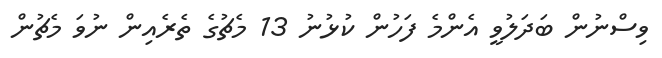
ވިސްނުން ބަދަލުވީ އެންމެ ފަހުން ކުޅުނު 13 މެޗުގެ ތެރެއިން ނުވަ މެޗުން